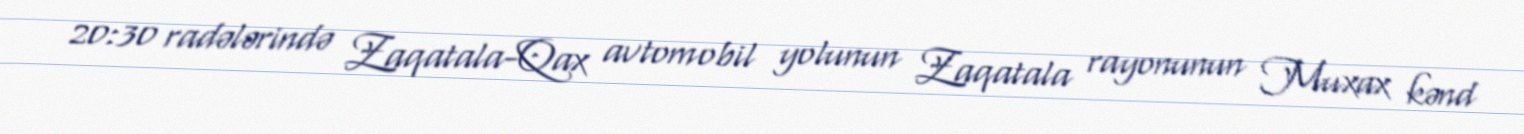
20:30 radələrində Zaqatala-Qax avtomobil yolunun Zaqatala rayonunun Muxax kənd